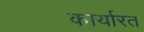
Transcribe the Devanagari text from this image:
कार्यारत